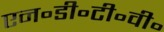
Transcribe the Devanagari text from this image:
एन॰डी॰टी॰वी॰